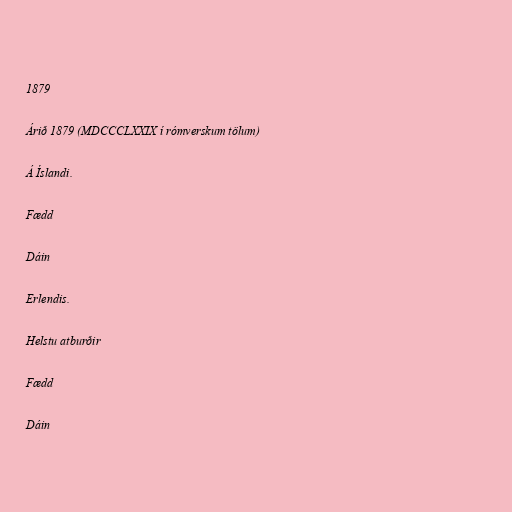
1879

Árið 1879 (MDCCCLXXIX í rómverskum tölum)

Á Íslandi.

Fædd

Dáin

Erlendis.

Helstu atburðir

Fædd

Dáin